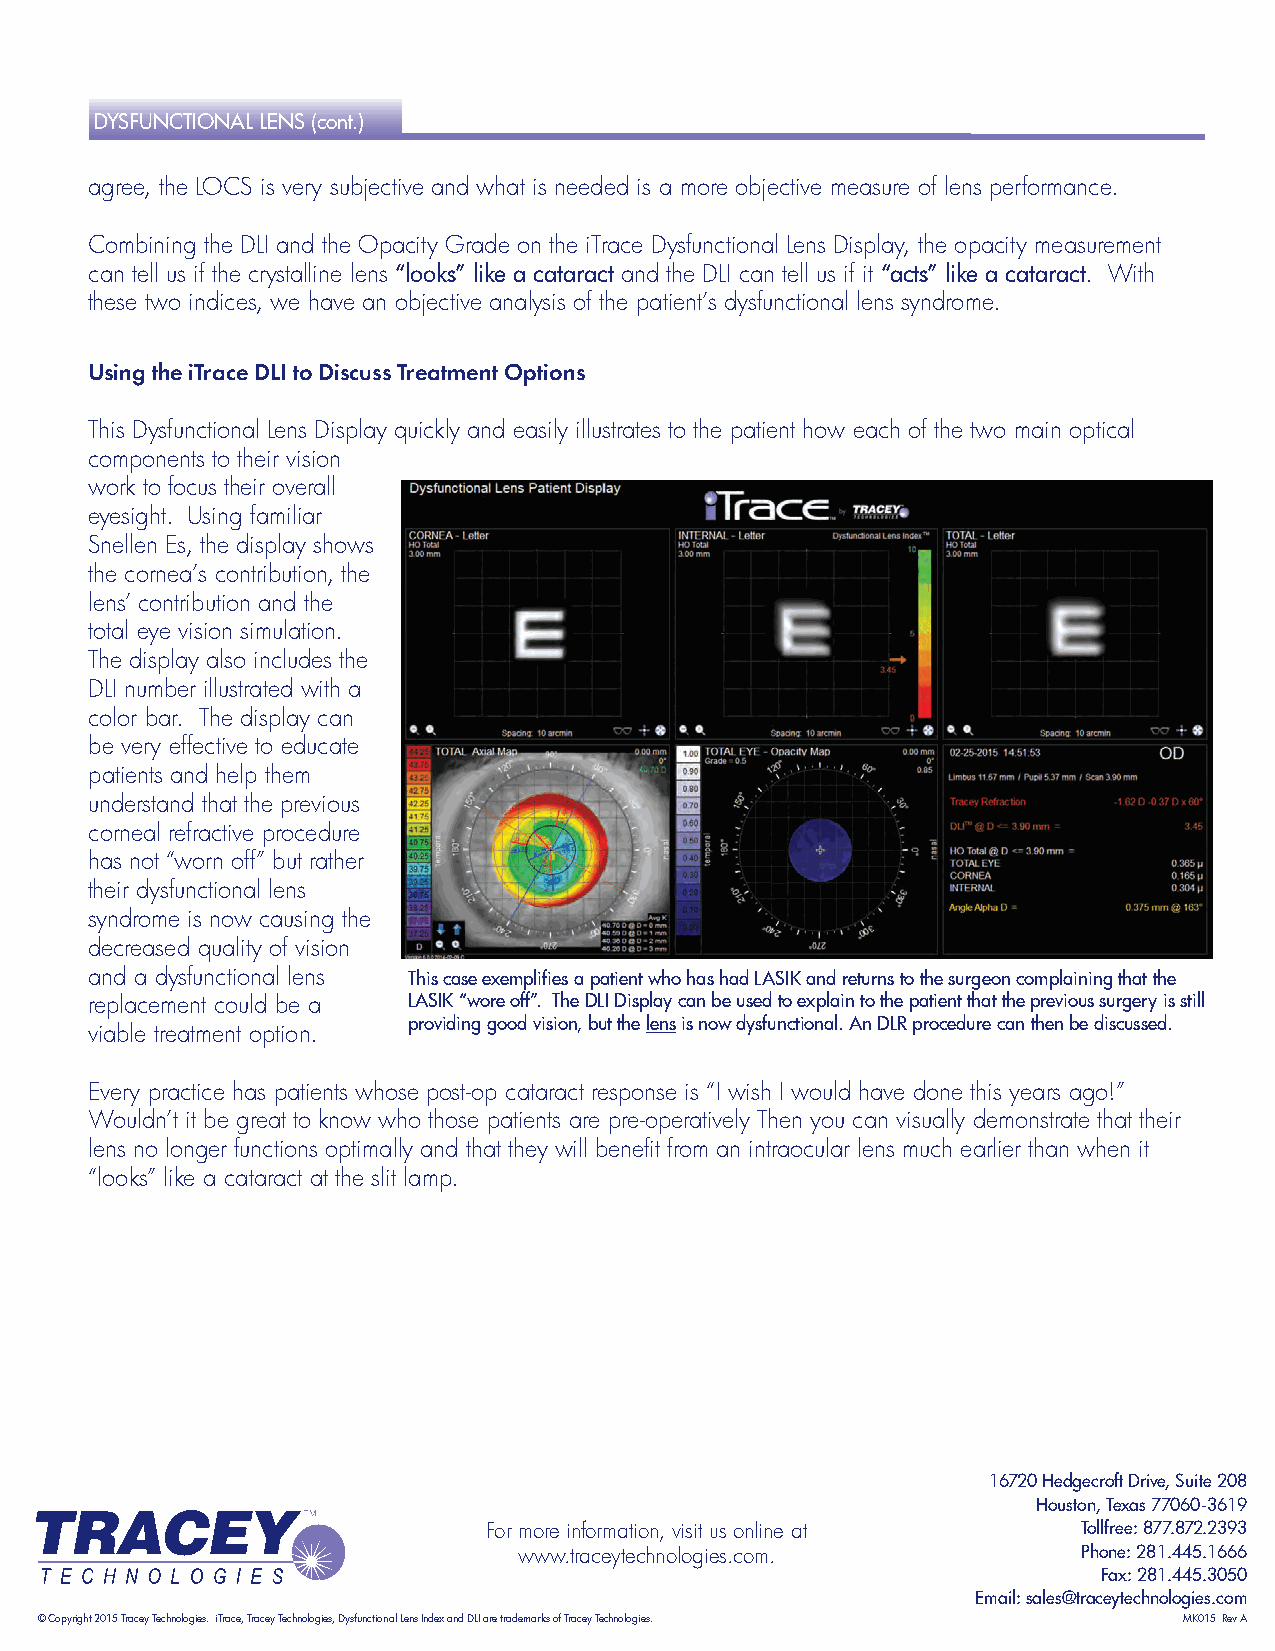
DYSFUNCTIONAL LENS (cont.)
 agree, the LOCS is very subjective and what is needed is a more objective measure of lens performance.
 Combining the DLI and the Opacity Grade on the iTrace Dysfunctional Lens Display, the opacity measurement
 can tell us if the crystalline lens “looks” like a cataract and the DLI can tell us if it “acts” like a cataract. With
 these two indices, we have an objective analysis of the patient’s dysfunctional lens syndrome.
 Using the iTrace DLI to Discuss Treatment Options
 This Dysfunctional Lens Display quickly and easily illustrates to the patient how each of the two main optical
 components to their vision
 work to focus their overall
 eyesight. Using familiar
 Snellen Es, the display shows
 the cornea’s contribution, the
 lens’ contribution and the
 total eye vision simulation.
 The display also includes the
 DLI number illustrated with a
 color bar. The display can
 be very effective to educate
 patients and help them
 understand that the previous
 corneal refractive procedure
 has not “worn off” but rather
 their dysfunctional lens
 syndrome is now causing the
 decreased quality of vision
 and a dysfunctional lens This case exemplifies a patient who has had LASIK and returns to the surgeon complaining that the
 replacement could be a LASIK “wore off”. The DLI Display can be used to explain to the patient that the previous surgery is still
 providing good vision, but the lens is now dysfunctional. An DLR procedure can then be discussed.
 viable treatment option.
 Every practice has patients whose post-op cataract response is “I wish I would have done this years ago!”
 Wouldn’t it be great to know who those patients are pre-operatively Then you can visually demonstrate that their
 lens no longer functions optimally and that they will benefit from an intraocular lens much earlier than when it
 “looks” like a cataract at the slit lamp.
 16720 Hedgecroft Drive, Suite 208
 Houston, Texas 77060-3619
 For more information, visit us online at Tollfree: 877.872.2393
 www.traceytechnologies.com.           Phone: 281.445.1666
 Fax: 281.445.3050
 Email: sales@traceytechnologies.com
 © Copyright 2015 Tracey Technologies. iTrace, Tracey Technologies, Dysfunctional Lens Index and DLI are trademarks of Tracey Technologies. MK015 Rev A